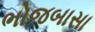
ભોજબાસા